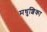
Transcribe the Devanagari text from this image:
मधुशिका